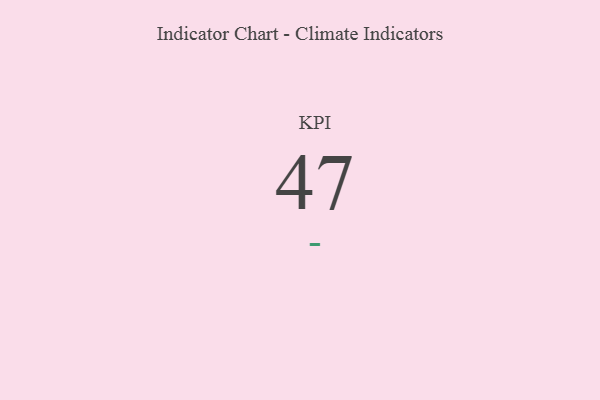
{"axis": {"x": "KPI", "y": "Value"}, "legend": [""], "data": [{"x": "KPI", "y": 47, "type": ""}]}